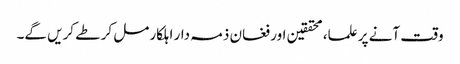
وقت آنے پر علما، محققین اور فغان ذمہ دار اہلکار مل کر طے کریں گے۔